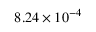
8 . 2 4 \times 1 0 ^ { - 4 }